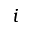
i